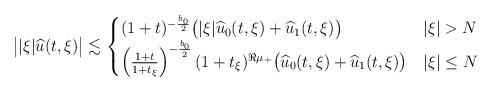
LaTeX: \begin{align*} \big| |\xi| \widehat u(t,\xi) \big| \lesssim \begin{cases} (1+t)^{-\frac{b_0}2} \big( |\xi| \widehat u_0(t,\xi) + \widehat u_1(t,\xi) \big) & |\xi|>N\\ \left( \frac{1+t}{1+t_\xi}\right)^{-\frac{b_0}2} (1+t_\xi)^{\Re \mu_+} \big( \widehat u_0(t,\xi) + \widehat u_1(t,\xi) \big) &|\xi|\le N \end{cases}\end{align*}